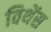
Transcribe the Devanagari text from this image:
विथेंस